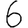
Digit: 6